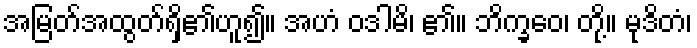
အမြတ်အထွတ်ရှိ၏ဟူ၍။ အဟံ ဝဒါမိ၊ ၏။ ဘိက္ခဝေ၊ တို့။ မုဒိတံ၊